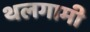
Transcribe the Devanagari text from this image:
थलगामी